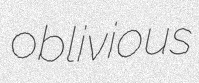
oblivious